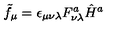
\tilde { f } _ { \mu } = \epsilon _ { \mu \nu \lambda } F _ { \nu \lambda } ^ { a } \hat { H } ^ { a }